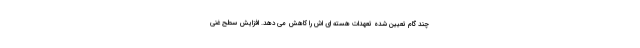
چند گام تعیین شده تعهدات هسته ای اش را کاهش می دهد. افزایش سطح غنی